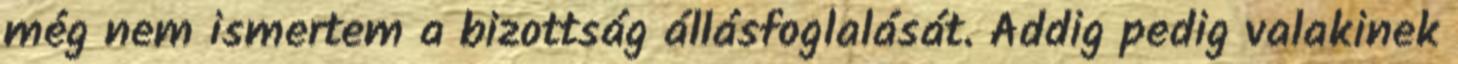
még nem ismertem a bizottság állásfoglalását. Addig pedig valakinek